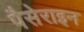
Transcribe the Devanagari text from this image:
पैसेराइन